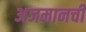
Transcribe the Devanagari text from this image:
अजमानची